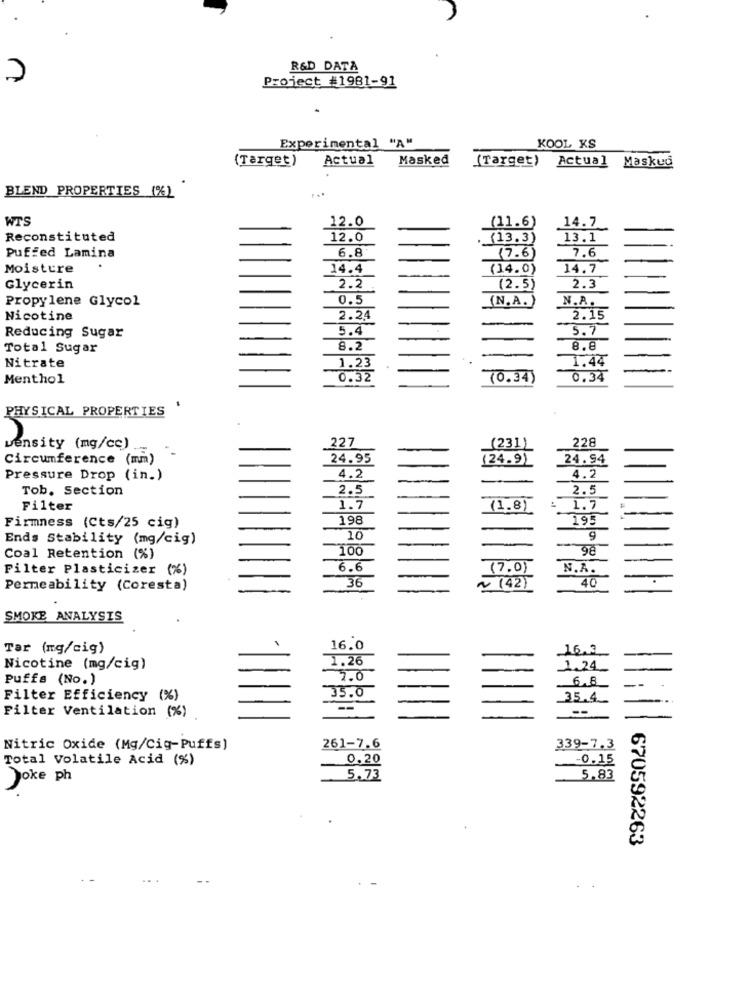
R&D DATA
Project #1981-91
Experimental "A"
KOOL KS
(Target)
Actual
Masked
(Target)
Actual Maskud
BLEND PROPERTIES (%)
WTS
12.0
(11.6)
14.7
Reconstituted
12.0
. (13.3)
13.1
6.8
7.6
Puffed Lamina
(7.6)
Moisture
.
14.4
(14.0)
14.7
Glycerin
2.2
(2.5)
2.3
-
Propylene Glycol
0.5
N.A.
(N.A.)
Nicotine
2.24
2.15
Reducing Sugar
5.4
5.
Total Sugar
8.2
8.8
1.44
Nitrate
1.23
Menthol
0.32
(0.34)
0.34
PHYSICAL PROPERTIES
227
228
vensity (mg/cc)
(231)
Circumference (mm)
24.95
(24.9)
24.94
4.5
Pressure Drop (in.)
4.2
-
-
Tob. Section
2.5
2.5
-
-
Filter
1.7
(1.8)
1.7
198
195
Firmness (Cts/25 cig)
-
Ends Stability (mg/cig)
10
9
100
Coal Retention (%)
Filter Plasticizer (%)
6.6
(7.0)
N.A.
36
40
Permeability (Coresta)
--
~ (42)
SMOKE ANALYSIS
Tar (mg/cig)
16.0
16.3
1.26
Nicotine (mg/cig)
1.24
puffs (No.)
2.0
6.8
Filter Efficiency (%)
35.0
35.4.
Filter Ventilation (%)
Nitric Oxide (Mg/Cig-Puffs)
261-7.6
339-7.3
Total Volatile Acid (%)
0.20
-0.15
Joke ph
5.73
5.83
670592263